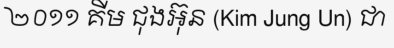
២០១១ គីម ជុងអ៊ុន (Kim Jung Un) ជា